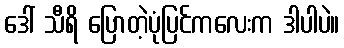
ဒေါ် သီရိ ပြောတဲ့ပုံပြင်ကလေးက ဒါပါပဲ။